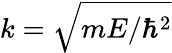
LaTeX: k=\sqrt{mE/\hbar^{2}}